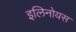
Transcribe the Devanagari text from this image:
इलिनोयस